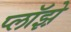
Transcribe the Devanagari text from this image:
प्लॉझ़े